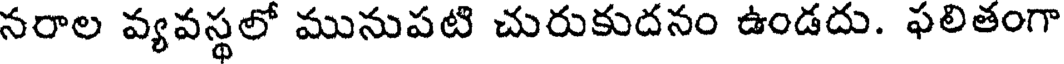
నరాల వ్యవస్థలో మునుపటి చురుకుదనం ఉండదు. ఫలితంగా